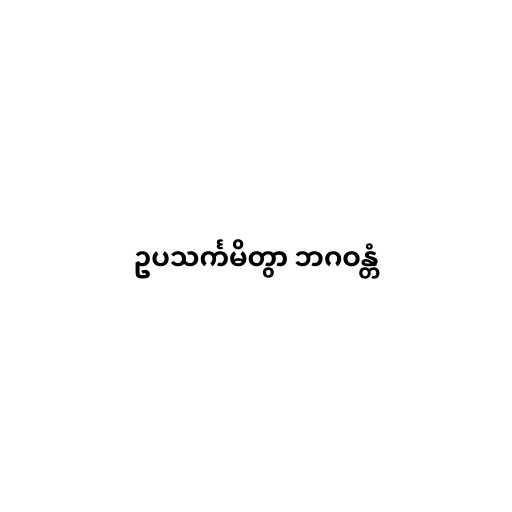
ဥပသင်္ကမိတွာ ဘဂဝန္တံ